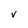
Character: V